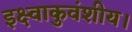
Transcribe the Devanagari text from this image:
इक्ष्वाकुवंशीय।